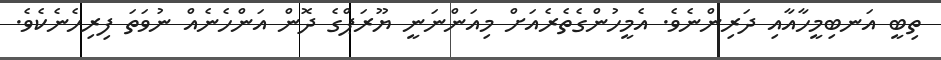
ތިބީ އަނބިމީހާއާއި ދަރިންނެވެ. އެމީހުންގެތެރެއަށް މިއަންނަނީ ޔޫރަޕްގެ ދޮން އަންހެނެއް ނުވަތަ ފިރިހެނެކެވެ.